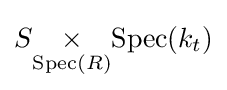
S{\underset {\mathrm {Spec} (R)}{\times }}\mathrm {Spec} (k_{t})